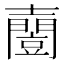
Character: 𡕌